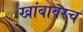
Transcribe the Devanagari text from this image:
खांबावरच